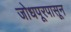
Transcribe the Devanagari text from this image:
जोधपूरपासून